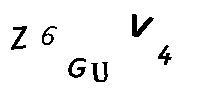
Z6GUV4